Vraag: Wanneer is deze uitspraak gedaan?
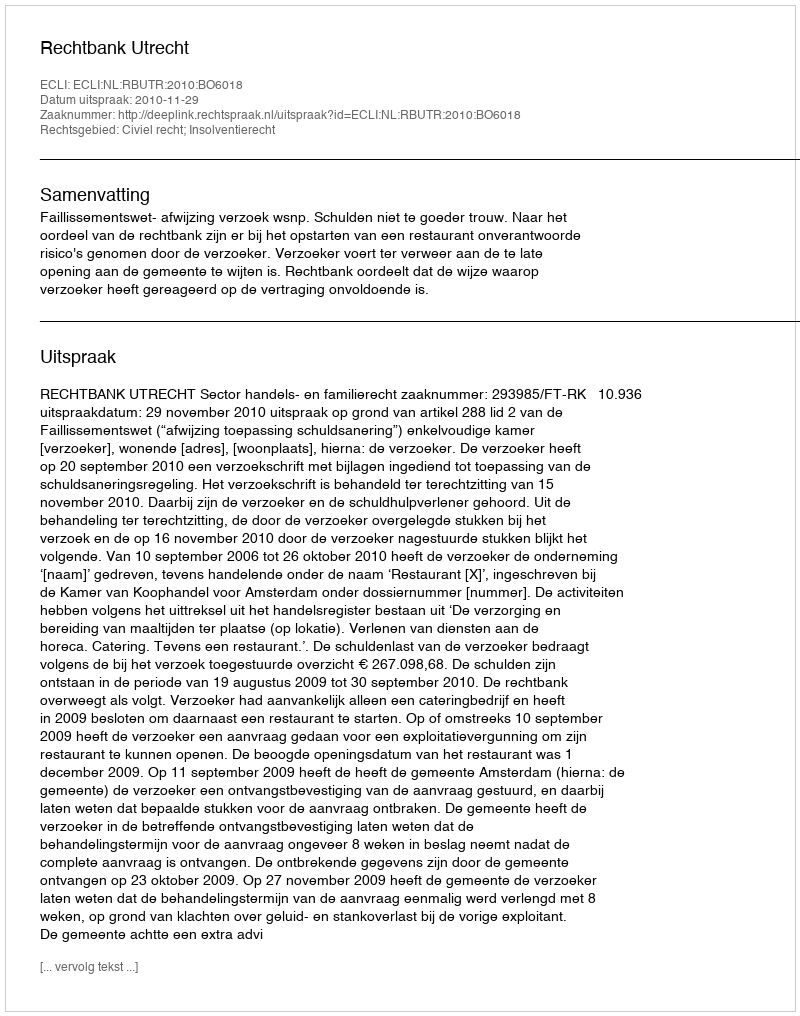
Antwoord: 2010-11-29